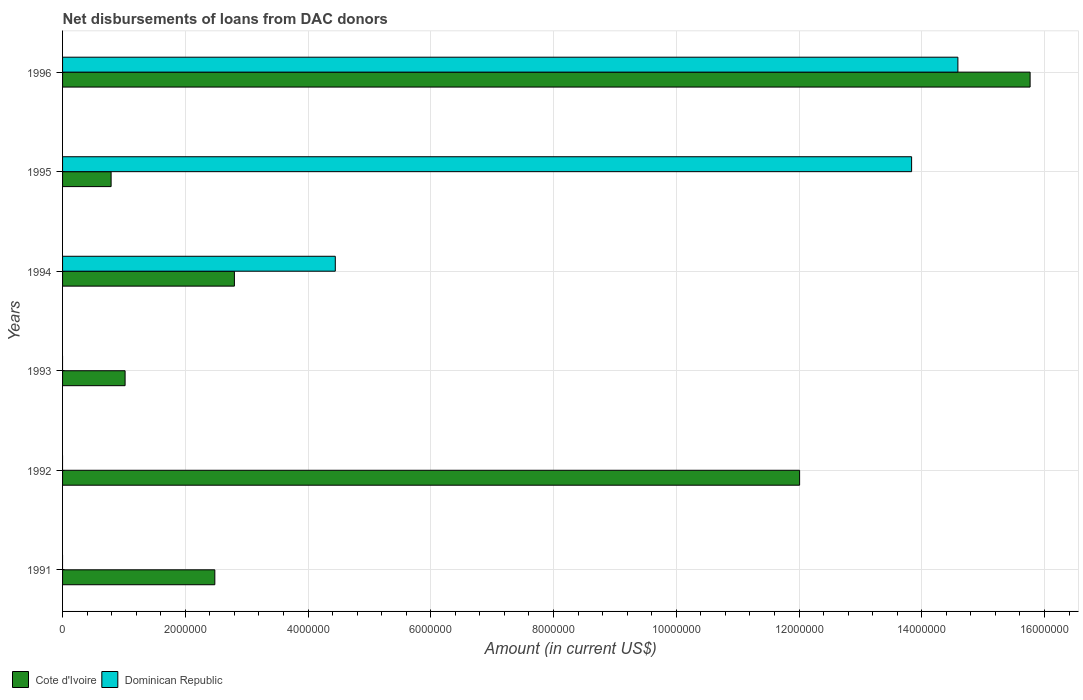
| Years | Cote d'Ivoire | Dominican Republic |
 | --- | --- | --- |
 | 1991 | 2.48e+06 | -1.08e+07 |
 | 1992 | 1.2e+07 | -1.33e+07 |
 | 1993 | 1.02e+06 | -3.43e+06 |
 | 1994 | 2.8e+06 | 4.44e+06 |
 | 1995 | 7.91e+05 | 1.38e+07 |
 | 1996 | 1.58e+07 | 1.46e+07 |